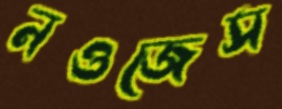
নওজেস